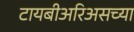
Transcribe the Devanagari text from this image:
टायबीअरिअसच्या